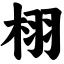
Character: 栩